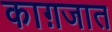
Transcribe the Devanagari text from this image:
काग़जात